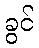
ခွင်